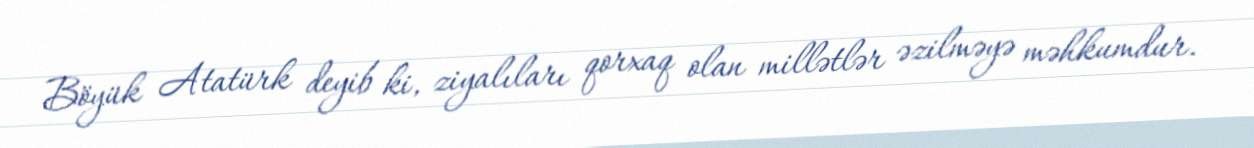
Böyük Atatürk deyib ki, ziyalıları qorxaq olan millətlər əzilməyə məhkumdur.